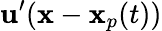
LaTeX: \mathbf{u}^{\prime}(\mathbf{x}-\mathbf{x}_{p}(t))